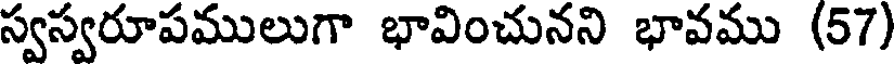
స్వస్వరూపములుగా భావించునని భావము (57)